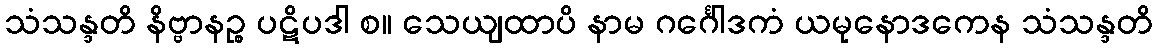
သံသန္ဒတိ နိဗ္ဗာနဉ္စ ပဋိပဒါ စ။ သေယျထာပိ နာမ ဂင်္ဂေါဒကံ ယမုနောဒကေန သံသန္ဒတိ